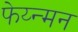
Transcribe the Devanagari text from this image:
फेय्न्मन